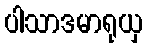
ပါသာဒမာရုယှ